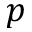
p